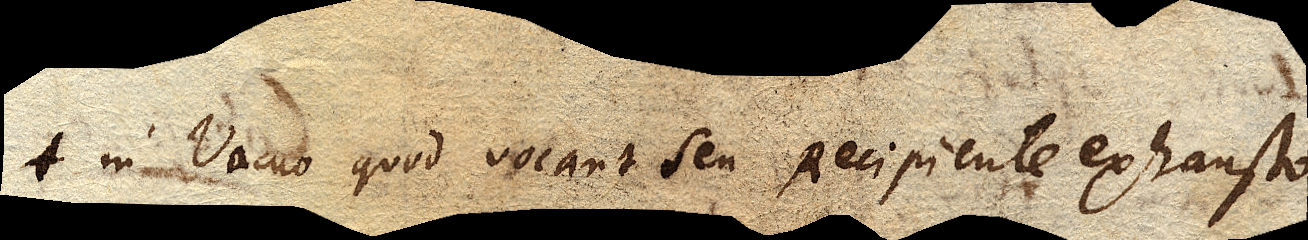
in Vacuo quod vocant seu Recipiente exausto